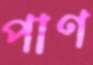
পাণ